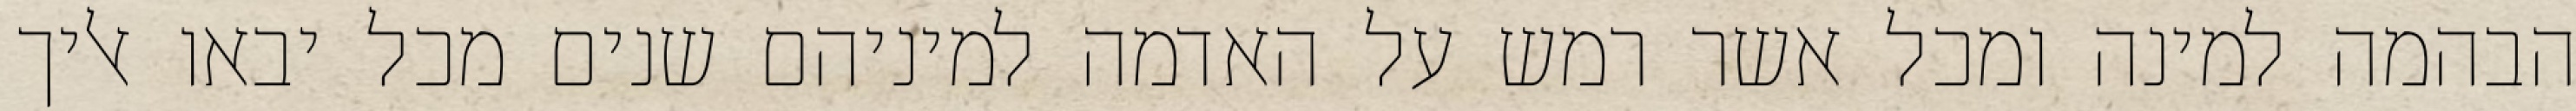
הבהמה למינה ומכל אשר רמש על האדמה למיניהם שנים מכל יבאו אליך